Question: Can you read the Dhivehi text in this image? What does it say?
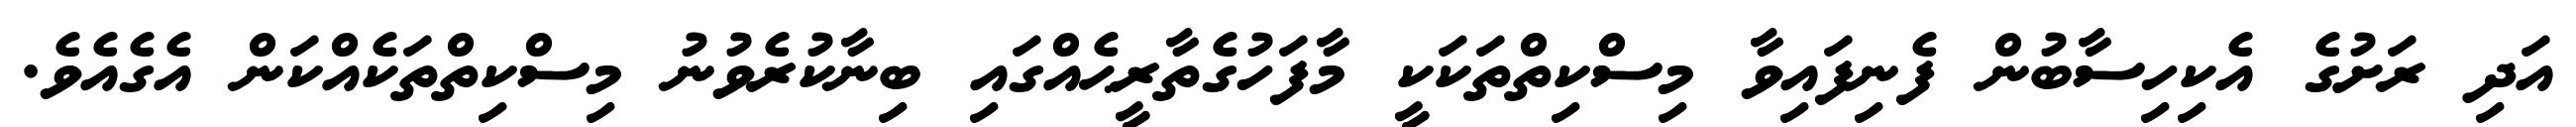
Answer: އަދި ރަށުގެ އެކިހިސާބުން ފެނިފައިވާ މިސްކިތްތަކަކީ މާފަހުގެތާރީޙެއްގައި ބިނާކުރެވުނު މިސްކިތްތަކެއްކަން އެގެއެވެ.